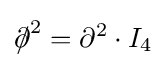
{\partial \!\!\!/}^{2}=\partial ^{2}\cdot I_{4}